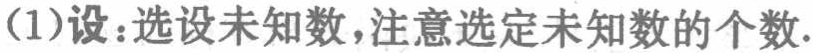
(1)设：选设未知数，注意选定未知数的个数.